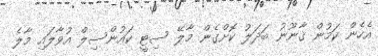
އެހެން ކަމުން ޤާނޫނު ބަދަލު ކޮށްގެން މާލޭ ސިޓީ ކައުންސިލް އުވާލައި މާލެ